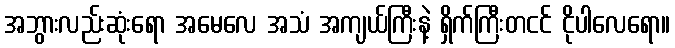
အဘွားလည်းဆုံးရော အမေလေ အသံ အကျယ်ကြီးနဲ့ ရှိက်ကြီးတငင် ငိုပါလေရော။